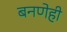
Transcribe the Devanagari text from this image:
बनणेही